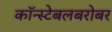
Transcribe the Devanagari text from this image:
कॉन्स्टेबलबरोबर